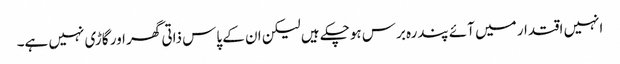
انہیں اقتدار میں آئے پندرہ برس ہوچکے ہیں لیکن ان کے پاس ذاتی گھر اور گاڑی نہیں ہے۔